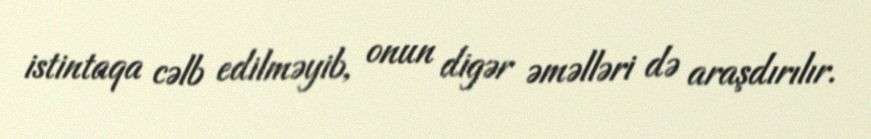
istintaqa cəlb edilməyib, onun digər əməlləri də araşdırılır.